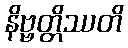
နိဗ္ဗတ္တိဿတိ